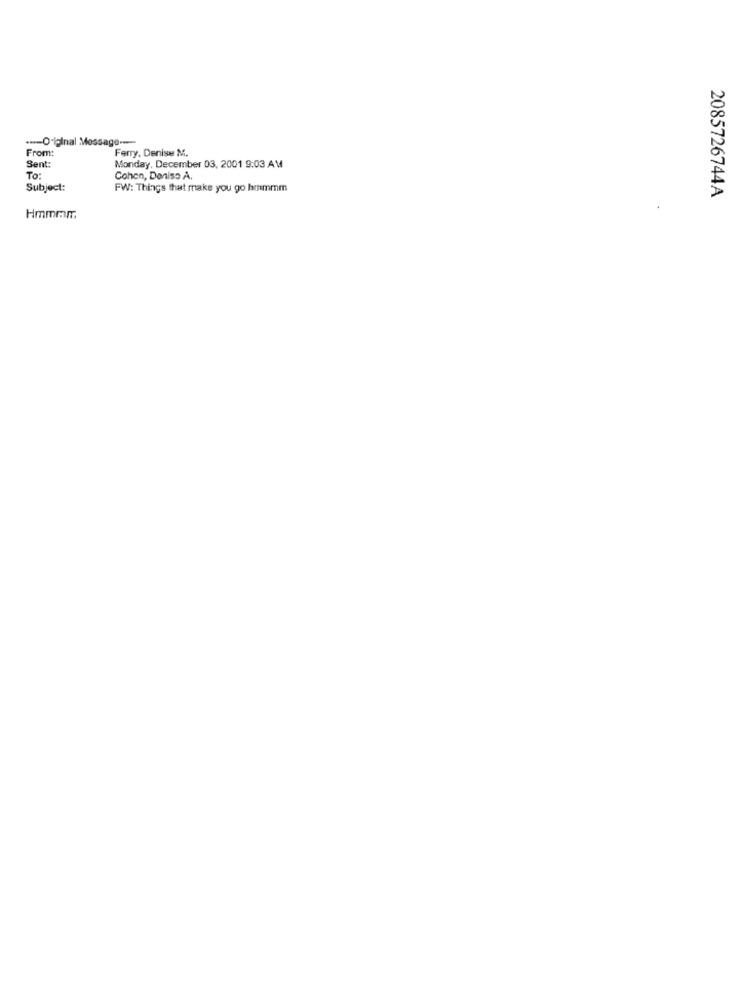
---- O-İçinal Mossago -----
Ferry, Denise M.
From:
Sent:
Monday, December 03, 2001 9:03 AM
To:
Cohen, Deniso A.
Subject:
FW: Things that make you go hmmmm
2085726744A
Hmmmm